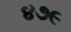
૪૭૯